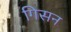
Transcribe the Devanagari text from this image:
गिसन